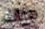
هناك